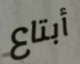
أبتاع